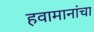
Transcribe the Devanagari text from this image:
हवामानांचा